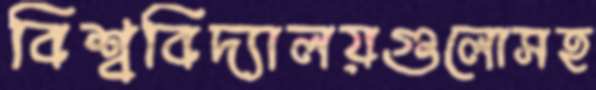
বিশ্ববিদ্যালয়গুলোসহ